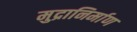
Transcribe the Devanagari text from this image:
मुद्रानिर्माण